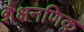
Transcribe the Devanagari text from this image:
शैक्षनणिक